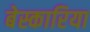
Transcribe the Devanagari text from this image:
बेस्कारिया